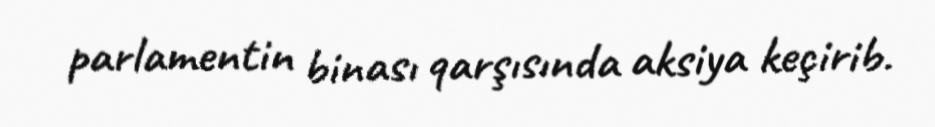
parlamentin binası qarşısında aksiya keçirib.